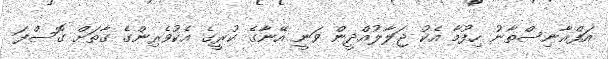
އަފްޣާނިސްތާނު ހިފުމާ އެކު ޖަލާލުއްދީން ވަނީ އޭނާގެ ކުރީގެ އެކުވެރިންގެ ގާތަށް ގޮސްފަ